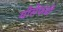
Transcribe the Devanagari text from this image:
योसेफची